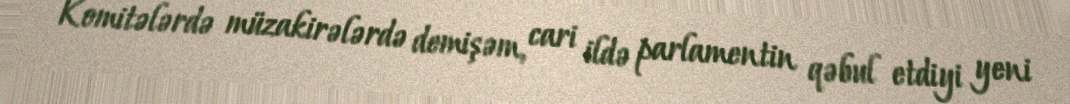
Komitələrdə müzakirələrdə demişəm, cari ildə parlamentin qəbul etdiyi yeni